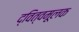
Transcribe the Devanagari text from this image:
द्‍वित्वमूलक